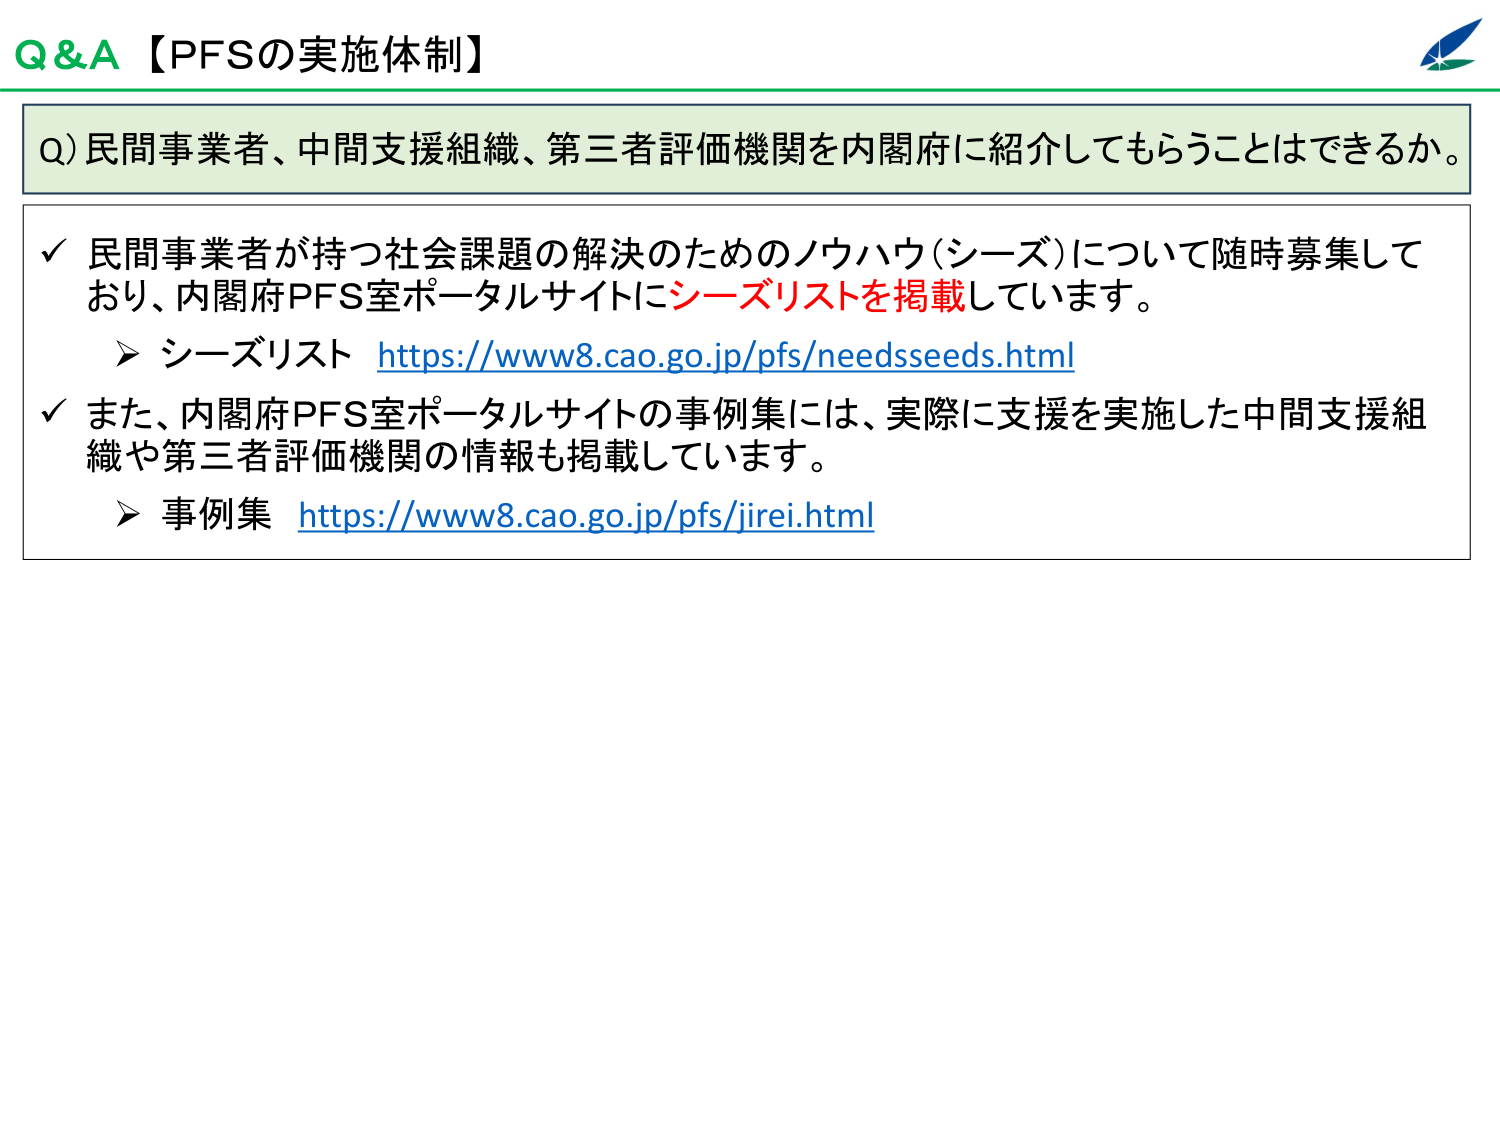
Q&A【PFSの実施体制】

Q) 民間事業者、中間支援組織、第三者評価機関を内閣府に紹介してもらうことはできるか。

✓ 民間事業者が持つ社会課題の解決のためのノウハウ（シーズ）について随時募集しており、内閣府PFS室ポータルサイトにシーズリストを掲載しています。
　➤ シーズリスト https://www8.cao.go.jp/pfs/needsseeds.html

✓ また、内閣府PFS室ポータルサイトの事例集には、実際に支援を実施した中間支援組織や第三者評価機関の情報も掲載しています。
　➤ 事例集 https://www8.cao.go.jp/pfs/jirei.html